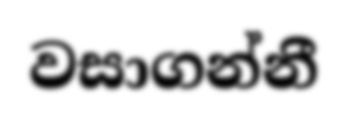
වසාගන්නී